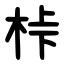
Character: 桛